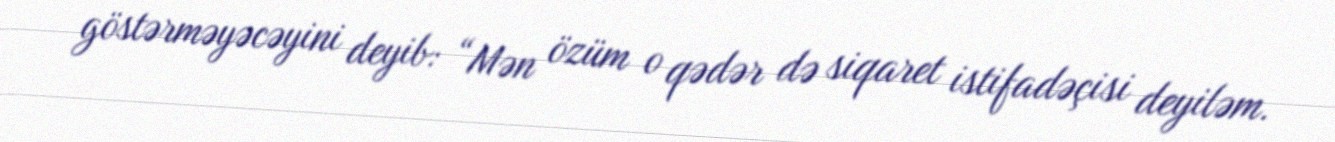
göstərməyəcəyini deyib: “Mən özüm o qədər də siqaret istifadəçisi deyiləm.